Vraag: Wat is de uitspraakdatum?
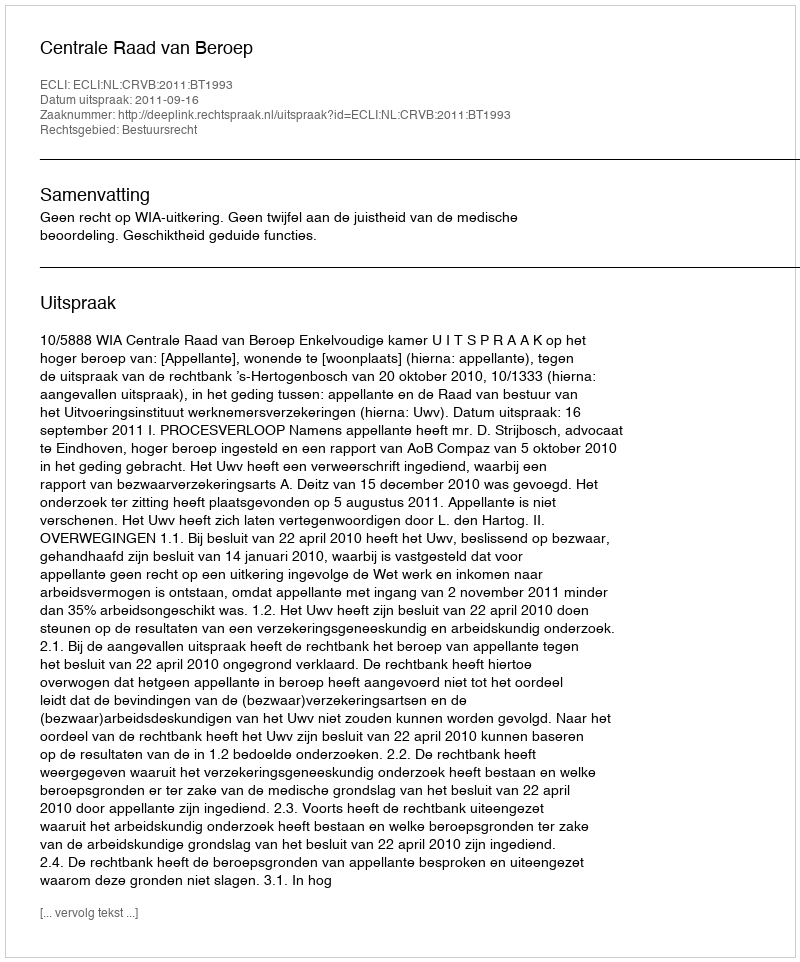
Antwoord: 2011-09-16